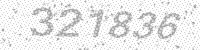
Solution: 321836